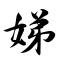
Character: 娣